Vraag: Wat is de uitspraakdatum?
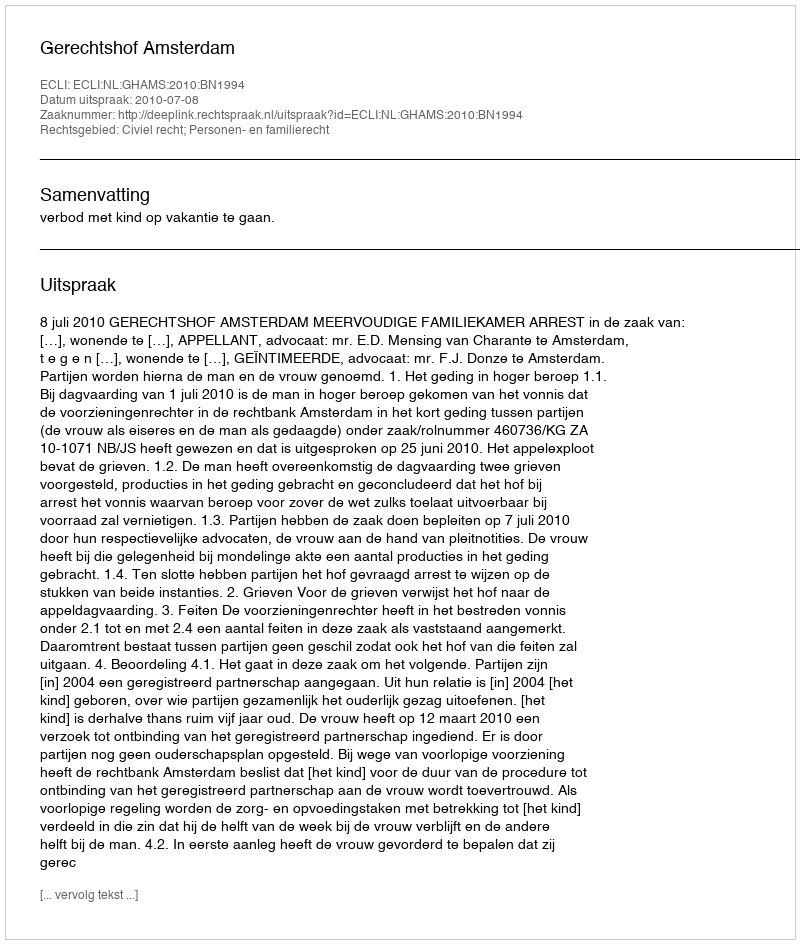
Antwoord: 2010-07-08